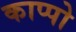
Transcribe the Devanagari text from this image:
काप्पो